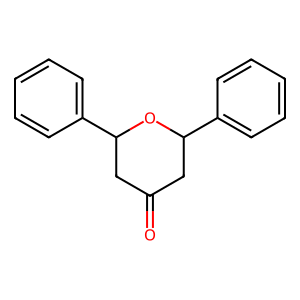
SMILES: O=C1CC(c2ccccc2)OC(c2ccccc2)C1
Inhibits HIV replication: No